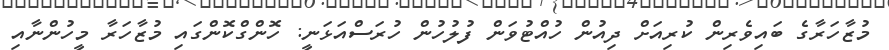
މުޒާހަރާގެ ބައިވެރިން ކުރިއަށް ދިއުން ހުއްޓުވަން ފުލުހުން ހުރަސްއަޅަނީ: ހޮންގްކޮންގައި މުޒާހަރާ މީހުންނާއި